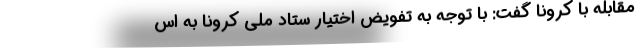
مقابله با کرونا گفت: با توجه به تفویض اختیار ستاد ملی کرونا به اس